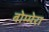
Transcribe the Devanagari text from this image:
बोम्मेरा